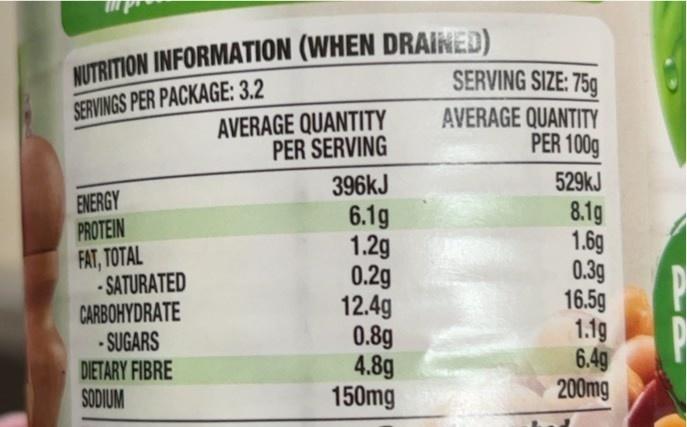
NUTRITION INFORMATION (WHEN DRAINED)
SERVINGS PER PACKAGE: 3.2
ENERGY
PROTEIN
FAT, TOTAL
-SATURATED
CARBOHYDRATE -SUGARS
DIETARY FIBRE
SODIUM
AVERAGE QUANTITY PER SERVING
396kJ
6.1g
1.2g
0.2g
12.4g
0.8g
4.8g
150mg
SERVING SIZE: 75g
AVERAGE QUANTITY PER 100g
529kJ
8.1g
1.6g
0.3g
16.5g
1.19
6.4g
200mg